Plague in India, 1896, 1897 - Volume 1
Year: 1896
Disease focus: Plague
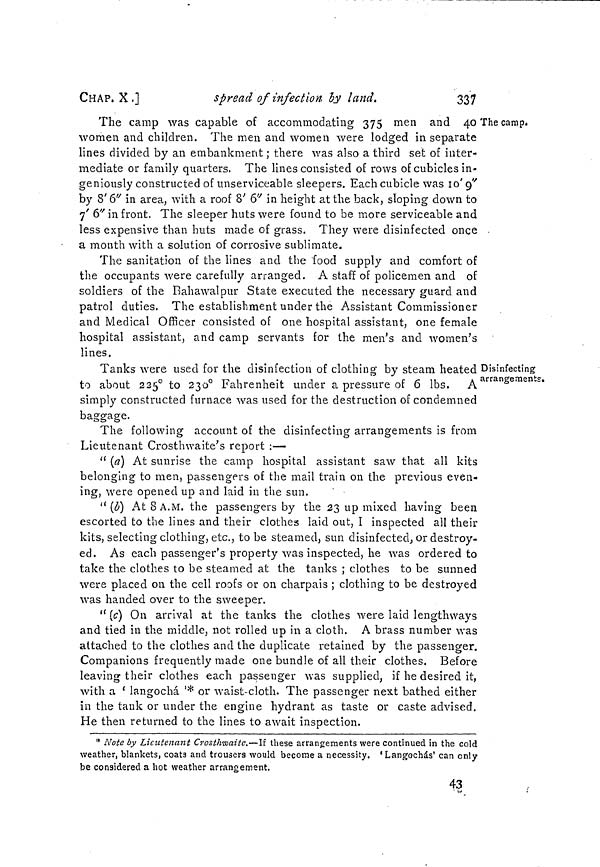
CHAP. X ]
spread of infection by land.
337
The camp.
The camp was capable of accommodating 375 men and 40
women and children. The men and women were lodged in separate
lines divided by an embankment ; there was also a third set of inter-
mediate or family quarters, The lines consisted of rows of cubicles in-
geniously constructed of unserviceable sleepers. Each cubicle was 10' 9''
by 8' 6" in area, with a roof 8' 6" in height at the back, sloping down to
7' 6" in front. The sleeper huts were found to be more serviceable and
less expensive than huts made of grass. They were disinfected once
a month with a solution of corrosive sublimate.
The sanitation of the lines and the food supply and comfort of
the occupants were carefully arranged. A staff of policemen and of
soldiers of the Bahawalpur State executed the necessary guard and
patrol duties. The establishment under the Assistant Commissioner
and Medical Officer consisted of one hospital assistant, one female
hospital assistant, and camp servants for the men's and women's
lines.
Disinfecting
arrangements.
Tanks were used for the disinfection of clothing by steam heated
to about 225° to 230° Fahrenheit under a pressure of 6 lbs. A
simply constructed furnace was used for the destruction of condemned
baggage.
The following account of the disinfecting arrangements is from
Lieutenant Crosthwaite's report :—
" (a) At sunrise the camp hospital assistant saw that all kits
belonging to men, passengers of the mail train on the previous even-
ing, were opened up and laid in the sun.
" (b) At 8 A.M. the passengers by the 23 up mixed having been
escorted to the lines and their clothes laid out, I inspected all their
kits, selecting clothing, etc., to be steamed, sun disinfected, or destroy-
ed. As each passenger's property was inspected, he was ordered to
take the clothes to be steamed at the tanks ; clothes to be sunned
were placed on the cell roofs or on charpais ; clothing to be destroyed
was handed over to the sweeper.
" (c) On arrival at the tanks the clothes were laid lengthways
and tied in the middle, not rolled up in a cloth. A brass number was
attached to the clothes and the duplicate retained by the passenger.
Companions frequently made one bundle of all their clothes. Before
leaving their clothes each passenger was supplied, if he desired it,
with a ' langochá '* or waist-cloth. The passenger next bathed either
in the tank or under the engine hydrant as taste or caste advised.
He then returned to the lines to await inspection.
* Note by Lieutenant Crosthwaite.—If these arrangements were continued in the cold
weather, blankets, coats and trousers would become a necessity. 'Langochás' can only
be considered a hot weather arrangement.
43